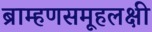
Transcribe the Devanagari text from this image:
ब्राम्हणसमूहलक्षी